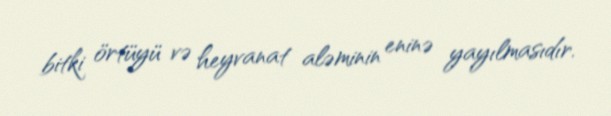
bitki örtüyü və heyvanat aləminin eninə yayılmasıdır.